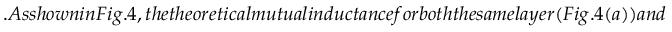
. A s s h o w n i n F i g . 4 , t h e t h e o r e t i c a l m u t u a l i n d u c t a n c e f o r b o t h t h e s a m e l a y e r ( F i g . 4 ( a ) ) a n d t h e d i f f e r e n t l a y e r s ( F i g . 4 ( b ) ) f i t w i t h t h e m e a s u r e m e n t s , w h i c h g u a r a n t e e s t h e a c c u r a c y o f t h e s e l f - i n d u c t i o n m a t r i x